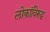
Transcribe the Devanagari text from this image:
लोकांविरुद्ध